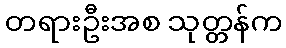
တရားဦးအစ သုတ္တန်က